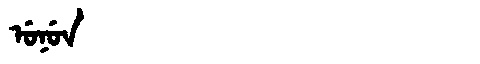
Manchu: ᡠᠨᡠᠨ
Romanization: UNUN